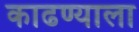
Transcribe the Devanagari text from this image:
काढण्याला